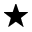
\bigstar